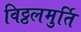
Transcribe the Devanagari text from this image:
विठ्ठलमुर्ति